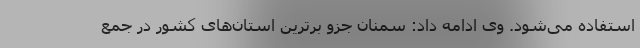
استفاده می‌شود. وی ادامه داد: سمنان جزو برترین استان‌های کشور در جمع